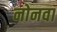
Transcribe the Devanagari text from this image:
नोनवा